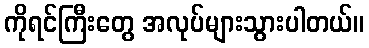
ကိုရင်ကြီးတွေ အလုပ်များသွားပါတယ်။